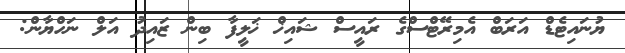
ޔުނައިޓެޑް އަރަބް އެމިރޭޓްސްގެ ރައީސް ޝައިޚް ޚަލީފާ ބިން ޒައިދު އަލް ނަހްޔާން: